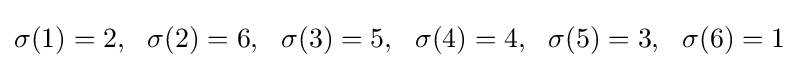
\sigma (1)=2,\ \ \sigma (2)=6,\ \ \sigma (3)=5,\ \ \sigma (4)=4,\ \ \sigma (5)=3,\ \ \sigma (6)=1